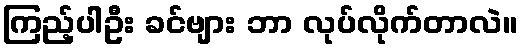
ကြည့်ပါဦး ခင်ဗျား ဘာ လုပ်လိုက်တာလဲ။